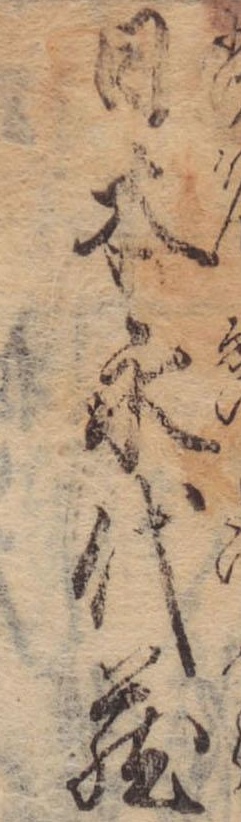
日本永代蔵